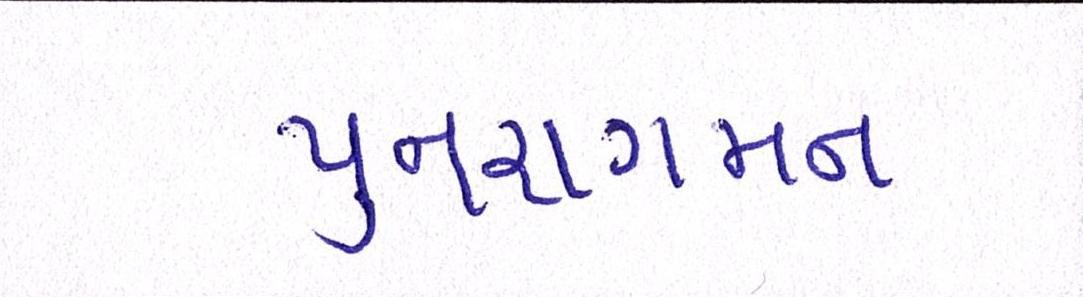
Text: પુનરાગમન